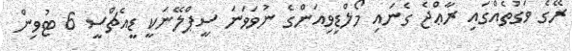
ރޭގެ ވަގުތެއްގައި ރާޢްޖެ ގެނައި މޯލްޑިވިއަންގެ ނުވަވަނަ ސީޕްލޭނަކީ ޑީއެޗްސީ 6 ޓުވިން